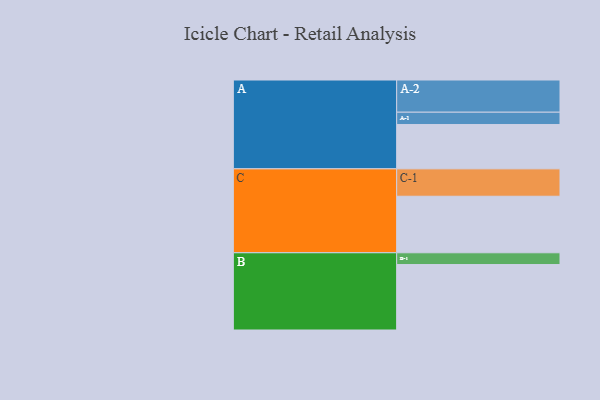
{"axis": {"x": "Segment", "y": "Value"}, "legend": ["", "A", "B", "C"], "data": [{"x": "A", "y": 332, "type": ""}, {"x": "B", "y": 490, "type": ""}, {"x": "C", "y": 423, "type": ""}, {"x": "A-1", "y": 92, "type": "A"}, {"x": "A-2", "y": 241, "type": "A"}, {"x": "B-1", "y": 88, "type": "B"}, {"x": "C-1", "y": 205, "type": "C"}]}